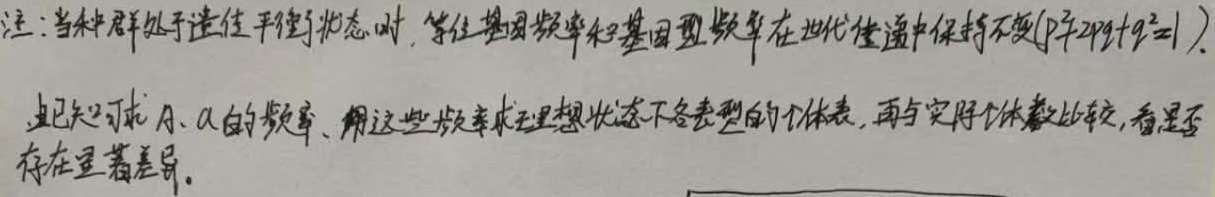
注：当种群处于遗传平衡状态时，等位基因频率和基因型频率在世代传递中保持不变\((p^{2}+2pq + q^{2}=1)\)。由已知可求\(A、a\)的频率，用这些频率求理想状态下各表型的个体数，再与实际个体数比较，看是否存在显著差异。